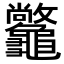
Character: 𪛆